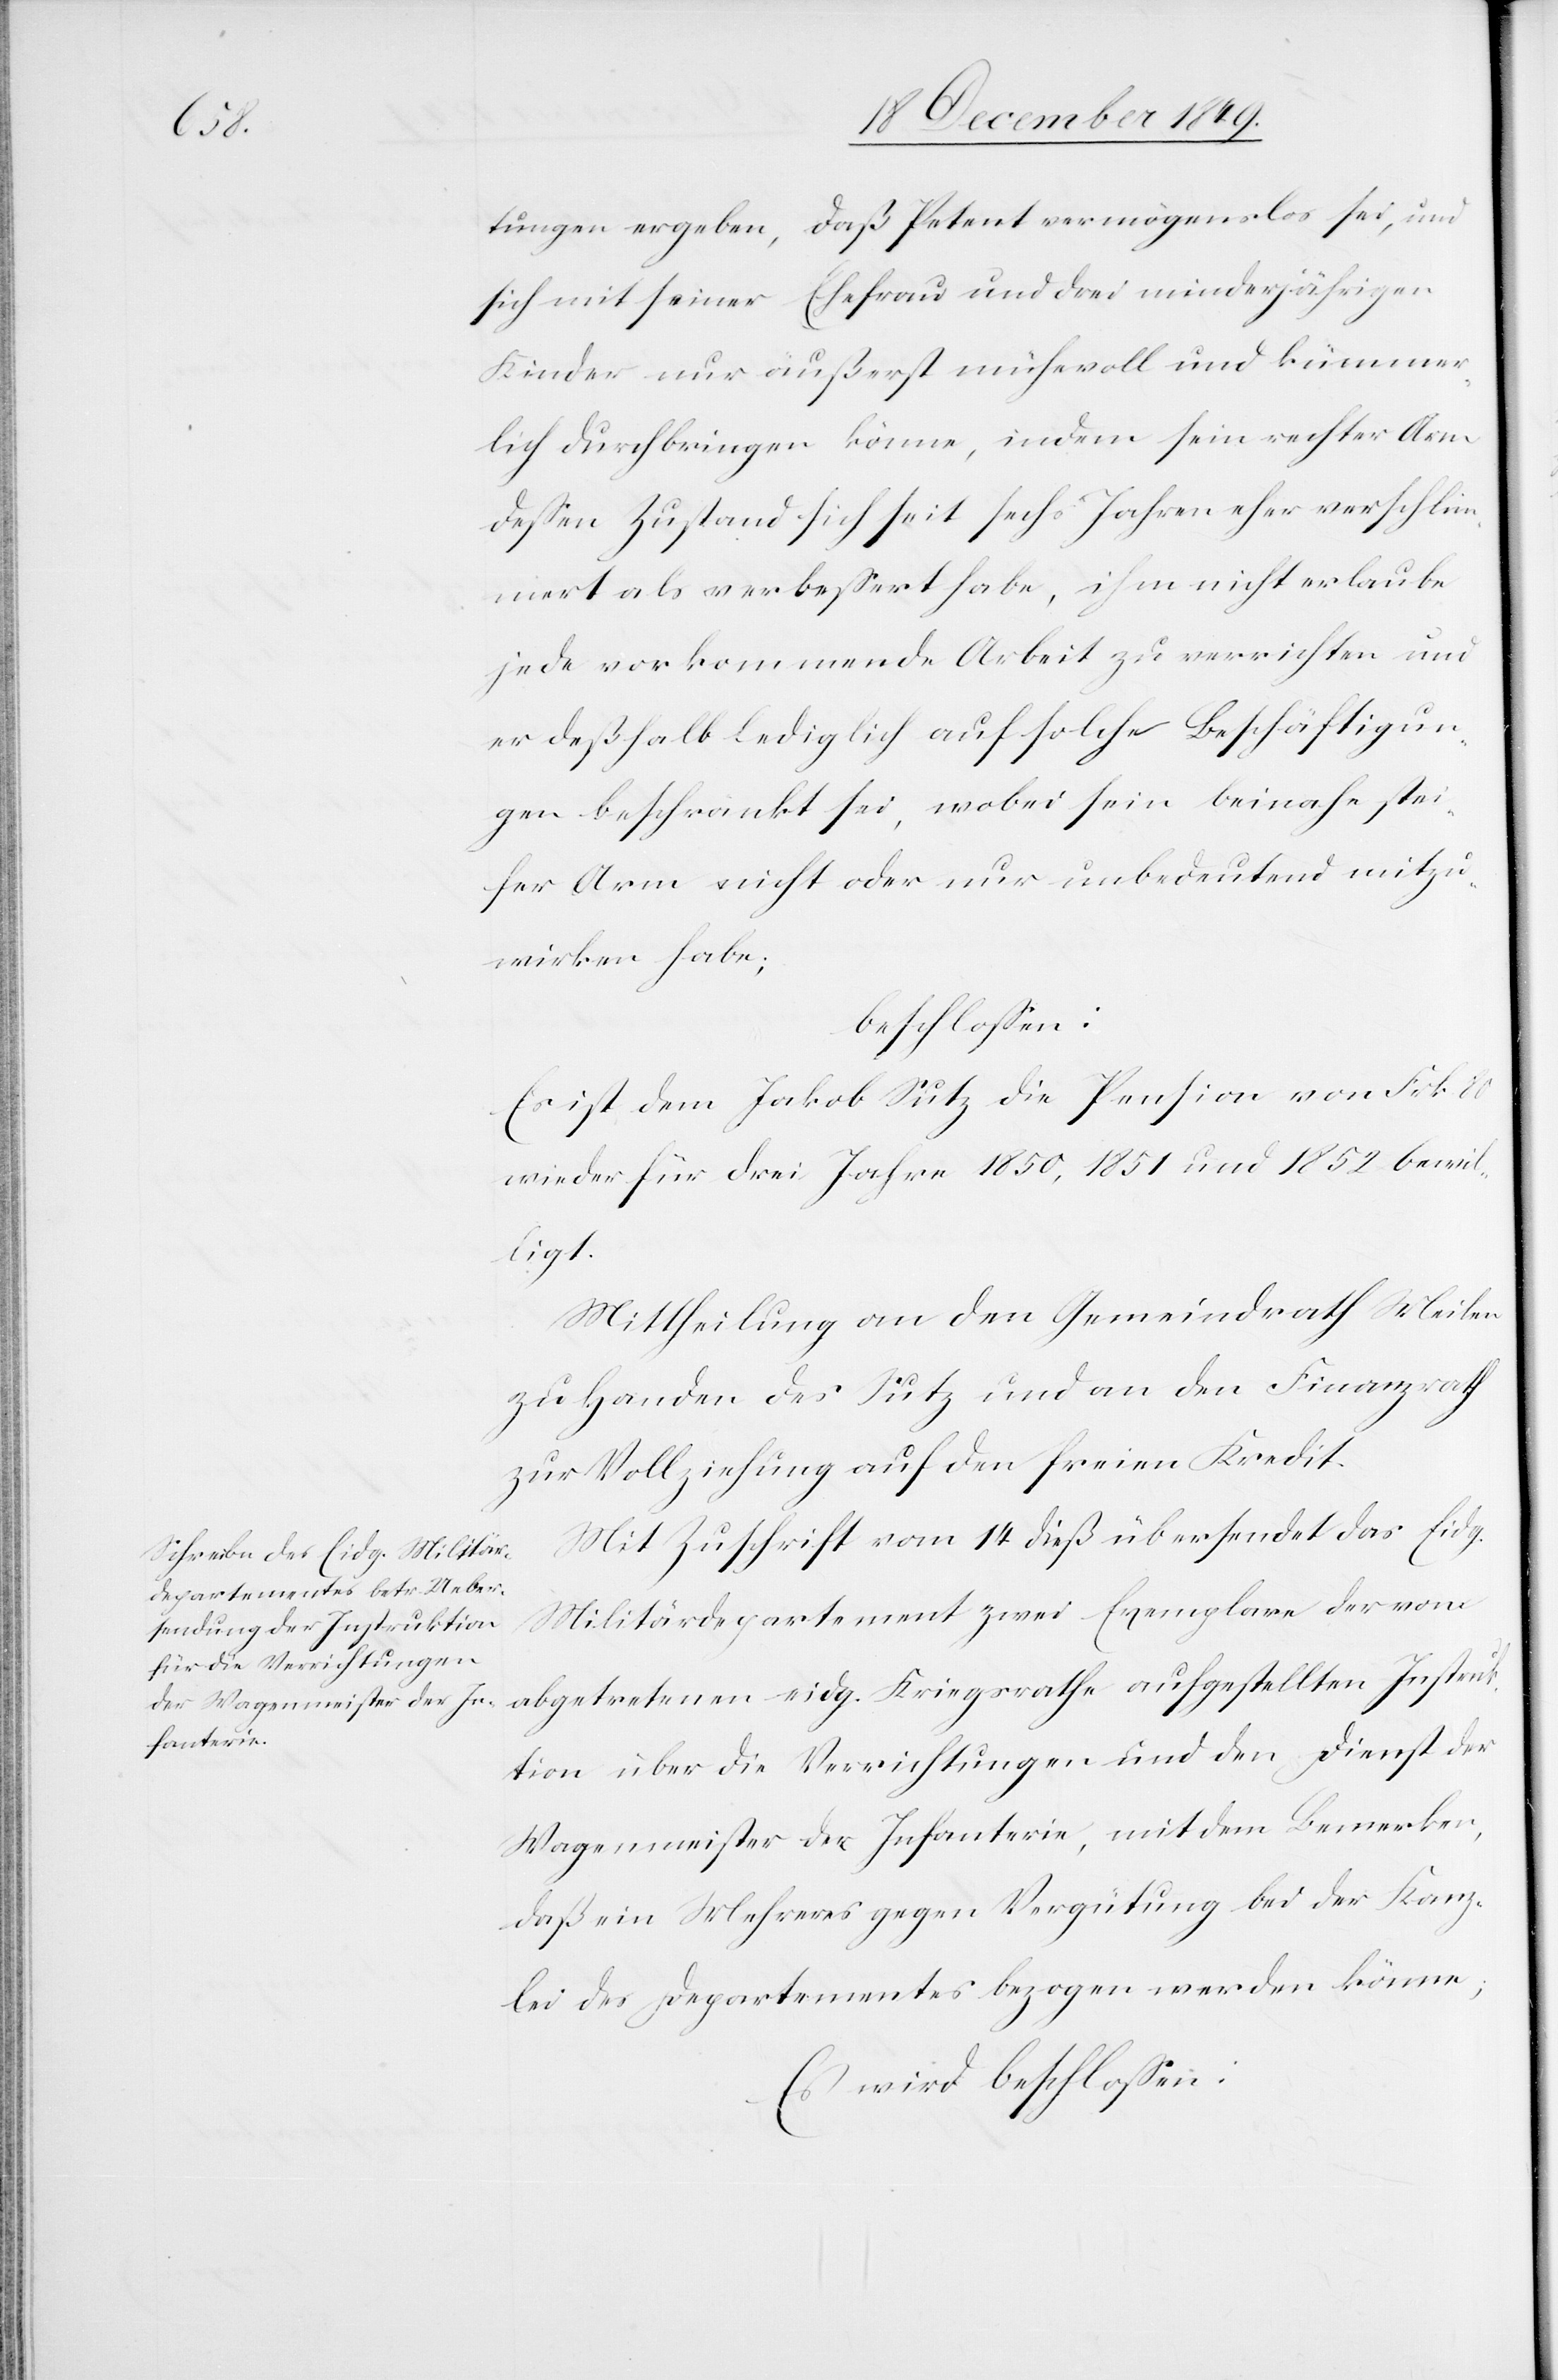
tungen ergeben, daß Petent vermögenslos sei, und
sich mit seiner Ehefrau und drei minderjährigen
Kinder nur äußerst mühevoll und kümmer¬
lich durchbringen könne, indem sein rechter Arm
deßen Zustand sich seit sechs Jahren eher verschlim¬
mert als verbeßert habe, ihm nicht erlaube
jede vorkommende Arbeit zu verrichten und
er deßhalb lediglich auf solche Beschäftigun¬
gen beschränkt sei, wobei sein beinahe stei¬
fer Arm nicht oder nur unbedeutend mitzu¬
wirken habe,
beschloßen:
Es ist dem Jakob Sutz die Pension von Frk. 80
wieder für drei Jahre 1850,1851 und 1852 bewil¬
ligt.
Mittheilung an den Gemeindrath Meilen
zu Handen des Sutz und an den Finanzrath
zur Vollziehung auf den freien Kredit.
Mit Zuschrift vom 14 dieß übersendet das Eidg.
Militärdepartement zwei Exemplare der von
abgetretenen eidg. Kriegsrathe aufgestellten Instruk¬
tion über die Verrichtungen und den Dienst der
Wagenmeister der Infanterie, mit dem Bemerken,
daß ein Wehres gegen Vergütung bei der Kanz¬
lei des Departementes bezogen werden könne;
Es wird beschloßen: